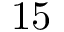
1 5